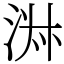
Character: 㳤